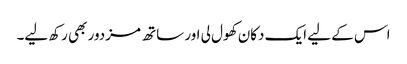
اس کے لیے ایک دکان کھول لی اور ساتھ مزدور بھی رکھ لیے۔